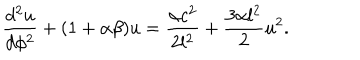
\frac { d ^ { 2 } u } { d \phi ^ { 2 } } + ( 1 + \alpha \beta ) u = \frac { \alpha c ^ { 2 } } { 2 l ^ { 2 } } + \frac { 3 \alpha l ^ { 2 } } { 2 } u ^ { 2 } .